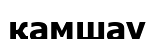
қамшау